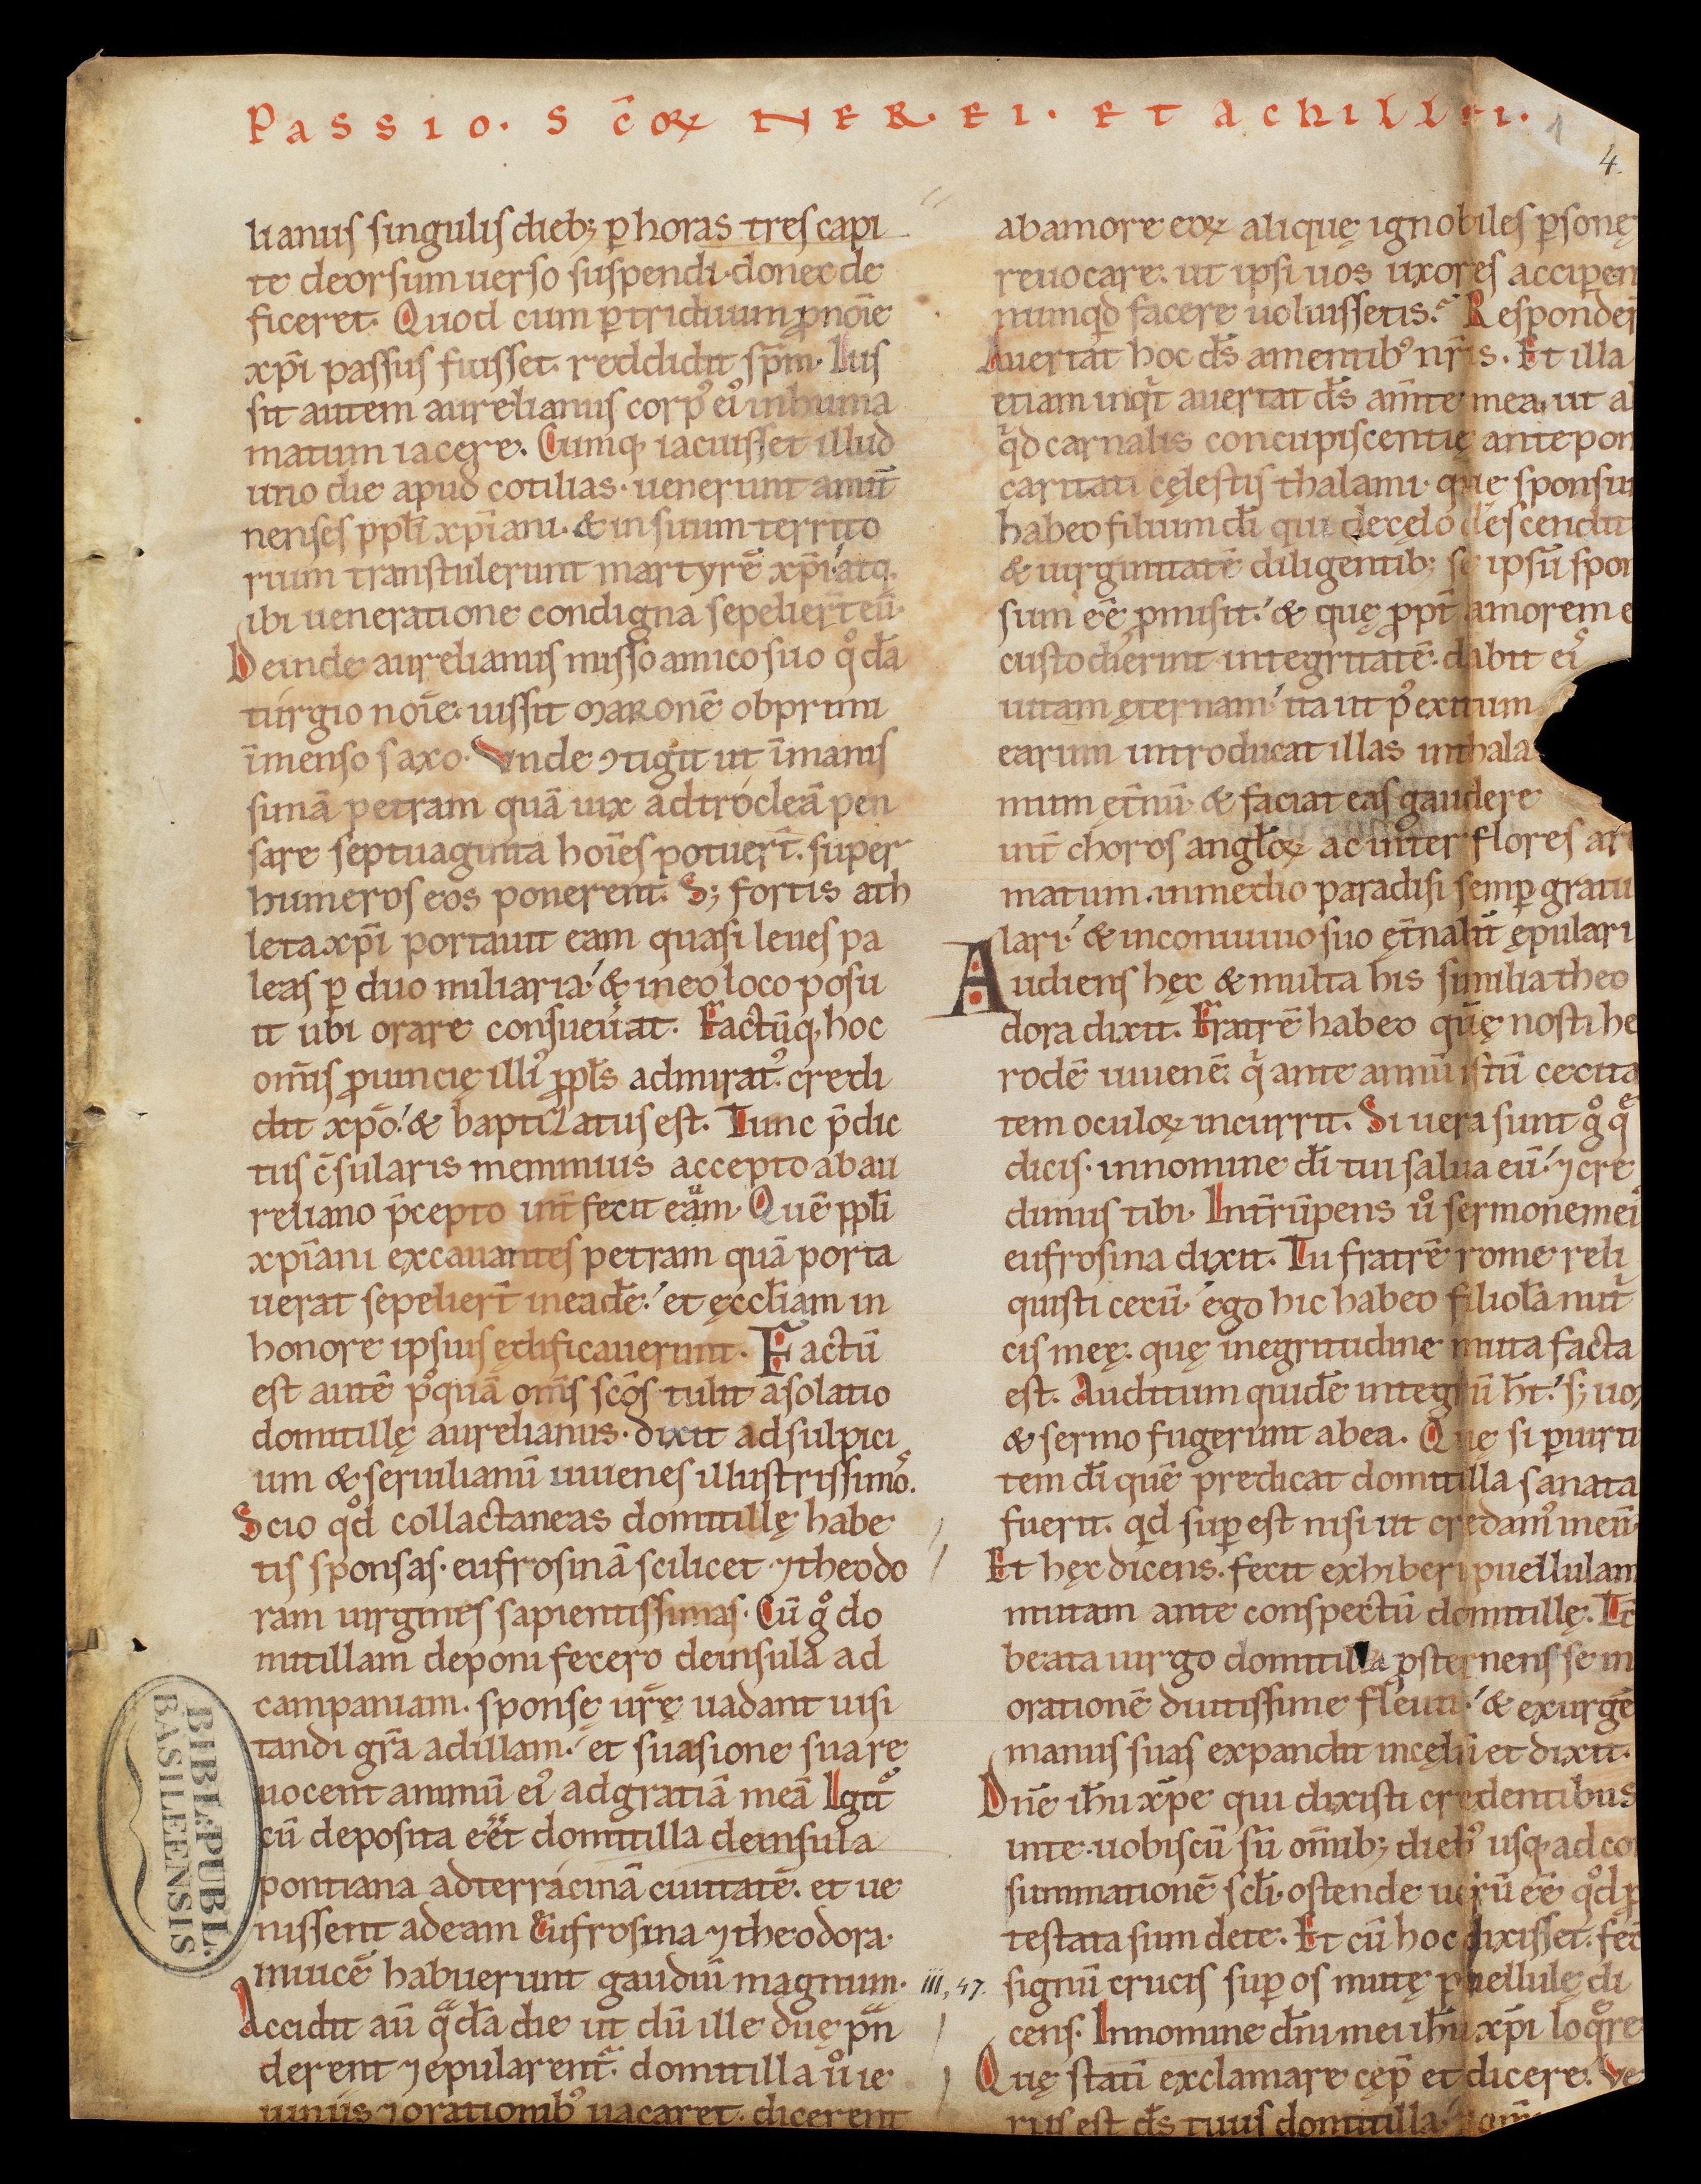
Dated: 1140–1170